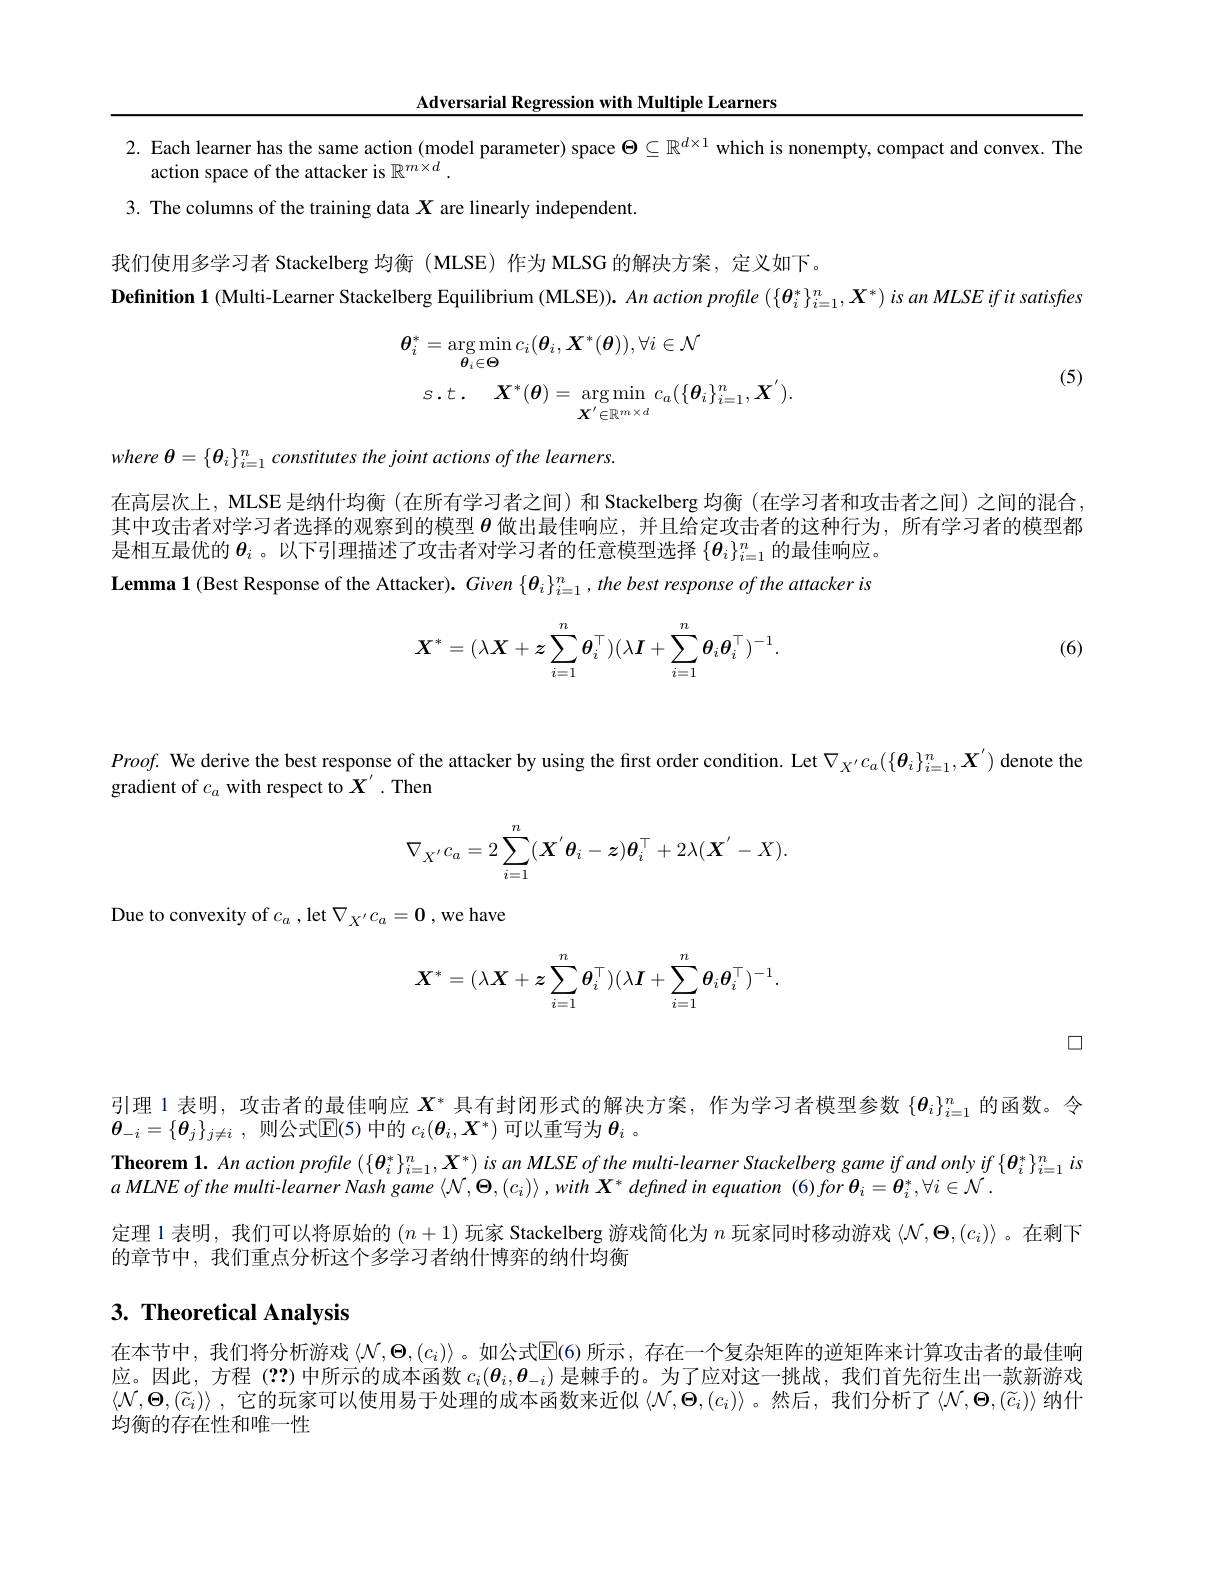
Adversarial Regression with Multiple Learners

2. Each learner has the same action (model parameter) space $\Theta\subseteq\mathbb{R}^{d\times1}$ which is nonempty, compact and convex. The
action space of the attacker is $\mathbb{R}^m\times d.$
3. The columns of the training data $X$ are linearly independent.

我们使用多学习者 Stackelberg 均衡 (MLSE) 作为 MLSG 的解决方案，定义如下。
Definition 1 (Multi-Learner Stackelberg Equilibrium (MLSE)). An action profile $(\{\boldsymbol{\theta}_i^*\}_{i=1}^n,\boldsymbol{X}^*)$ is an MLSE ifit satisffes
$$\begin{aligned}\boldsymbol{\theta}_{i}^{*}&=\arg\operatorname*{min}_{\boldsymbol{\theta}_{i}\in\boldsymbol{\Theta}}c_{i}(\boldsymbol{\theta}_{i},\boldsymbol{X}^{*}(\boldsymbol{\theta})),\forall i\in\mathcal{N}\\&s.t.\quad\boldsymbol{X}^{*}(\boldsymbol{\theta})=\arg\operatorname*{min}_{\boldsymbol{X}^{'}\in\mathbb{R}^{m\times d}}c_{a}(\{\boldsymbol{\theta}_{i}\}_{i=1}^{n},\boldsymbol{X}^{'}).\end{aligned}$$
(5)

where $\theta = \{ \boldsymbol{\theta }_{i}\} _{i= 1}^{n}constitutes$ the joint actions $of$ the $learners.$

在高层次上，MLSE 是纳什均衡 (在所有学习者之间) 和 Stackelberg 均衡 (在学习者和攻击者之间) 之间的混合其中攻击者对学习者选择的观察到的模型$\boldsymbol{\theta}$做出最佳响应，并且给定攻击者的这种行为，所有学习者的模型都是相互最优的$\boldsymbol{\theta}_i$ 。以下引理描述了攻击者对学习者的任意模型选择$\{\boldsymbol{\theta}_i\}_{i=1}^n$的最佳响应。Lemma 1 (Best Response of the Attacker). Given $\{ \theta _i\} _{i= 1}^n, the\textit{best response of the attacker is}$
$$\boldsymbol{X}^*=(\lambda\boldsymbol{X}+\boldsymbol{z}\sum_{i=1}^n\boldsymbol{\theta}_i^\top)(\lambda\boldsymbol{I}+\sum_{i=1}^n\boldsymbol{\theta}_i\boldsymbol{\theta}_i^\top)^{-1}.$$
(6)

$Proof.$ We derive the best response of the attacker by using the first order condition. Let $\nabla_{X^{\prime}C_a}(\{\boldsymbol{\theta}_i\}_{i=1}^n,\boldsymbol{X}^{\prime})$ denote the
gradient of $c_a$ with respect to $X^{\prime}.$ Then
$$\nabla_{X'}c_a=2\sum_{i=1}^n(\boldsymbol{X}'\boldsymbol{\theta}_i-\boldsymbol{z})\boldsymbol{\theta}_i^\top+2\lambda(\boldsymbol{X}'-X).$$
Due to convexity of $c_a$,let $\nabla_{X^{\prime}}c_{a}=\mathbf{0}$,we have
$$\boldsymbol{X}^*=(\lambda\boldsymbol{X}+\boldsymbol{z}\sum_{i=1}^n\boldsymbol{\theta}_i^\top)(\lambda\boldsymbol{I}+\sum_{i=1}^n\boldsymbol{\theta}_i\boldsymbol{\theta}_i^\top)^{-1}.$$
$\square$

引理 1 表明，攻击者的最佳响应$X^*$具有封闭形式的解决方案，作为学习者模型参数$\{\boldsymbol{\theta}_i\}_{i=1}^n$的函数。令
$\boldsymbol{\theta }_{- i}= \{ \boldsymbol{\theta }_j\} _{j\neq i}$ ,则公式$\overline{\mathrm{E}}(5)$中的$c_i(\boldsymbol{\theta}_i,\boldsymbol{X}^*)$可以重写为$\boldsymbol{\theta}_i$ 。
Theorem 1. An action profile $(\{\boldsymbol{\theta}_i^*\}_{i=1}^n,\boldsymbol{X}^*)$ is an MLSE of the multi-learner Stackelberg game if and only if $\{\boldsymbol{\theta}_i^*\}_{i=1}^n$ is
$a$ $MLNE$ $of$ the $multi- learner$ Nash game $\langle \mathcal{N} , \Theta , ( c_{i}) \rangle$ $, with$ $\boldsymbol{X}^{* }$ defined $in$ equation (6) for $\boldsymbol{\theta }_{i}= \boldsymbol{\theta }_{i}^{* }, \forall i\in \mathcal{N}$ .
定理 1 表明，我们可以将原始的$(n+1)$玩家 Stackelberg 游戏简化为$n$玩家同时移动游戏$\langle\mathcal{N},\boldsymbol{\Theta},(c_i)\rangle$ 。在剩下
的章节中，我们重点分析这个多学习者纳什博弈的纳什均衡

# 3. Theoretical Analysis

在本节中，我们将分析游戏$\left\langle\mathcal{N},\Theta,\left(c_i\right)\right\rangle$。如公式$\mathbb{E}(6)$ 所示，存在一个复杂矩阵的逆矩阵来计算攻击者的最佳响应。因此，方程 (??)中所示的成本函数$c_i(\boldsymbol{\theta}_i,\boldsymbol{\theta}_{-i})$是棘手的。为了应对这一挑战，我们首先衍生出一款新游戏$\langle\mathcal{N},\boldsymbol{\Theta},(\widetilde{c}_i)\rangle$ ,它的玩家可以使用易于处理的成本函数来近似 $\langle\mathcal{N},\boldsymbol{\Theta},(c_i)\rangle$ 。然后，我们分析了$\langle\mathcal{N},\boldsymbol{\Theta},(\widetilde{c}_i)\rangle$ 纳什均衡的存在性和唯一性